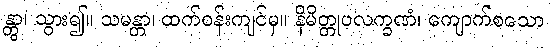
န္တွာ၊ သွား၍။ သမန္တာ၊ ထက်ဝန်းကျင်မှ။ နိမိတ္တုပလက္ခဏံ၊ ကျောက်စသော